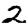
Digit: 2